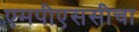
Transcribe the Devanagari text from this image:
एमपीएससीचा